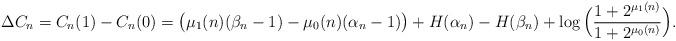
LaTeX: \begin{align*}{\Delta{C}_{n}={C}_n(1)-C_n(0)=\big(\mu_1(n)(\beta_n-1)-\mu_0(n)(\alpha_n-1)\big)+H(\alpha_n)-H(\beta_n)+\log\Big(\frac{1+2^{\mu_1(n)}}{1+2^{\mu_0(n)}}\Big)}. \end{align*}